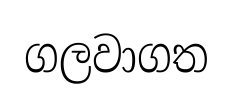
ගලවාගත